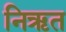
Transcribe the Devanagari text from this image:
निऋत